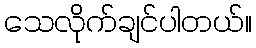
သေလိုက်ချင်ပါတယ်။